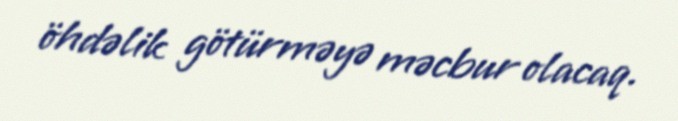
öhdəlik götürməyə məcbur olacaq.